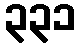
၃၃၁